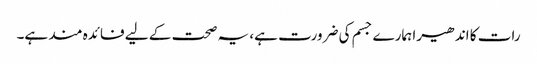
رات کا اندھیرا ہمارے جسم کی ضرورت ہے، یہ صحت کے لیے فائدہ مند ہے۔